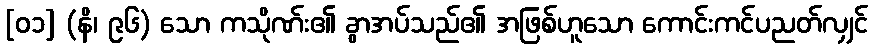
[၀၁] (နိ၊ ၉၆) သော ကသိုဏ်း၏ ခွာအပ်သည်၏ အဖြစ်ဟူသော ကောင်းကင်ပညတ်လျှင်